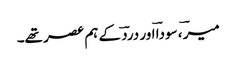
میرؔ ، سوداؔ اور دردؔ کے ہم عصر تھے۔